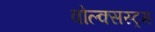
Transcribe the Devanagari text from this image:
वोल्क्सस्ट्रम